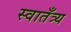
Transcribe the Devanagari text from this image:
स्वातँत्र्य